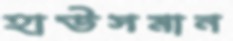
হাউসমান